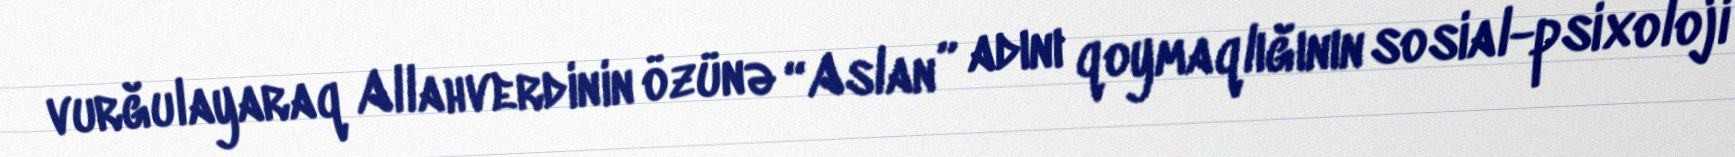
vurğulayaraq Allahverdinin özünə “Aslan” adını qoymaqlığının sosial-psixoloji